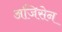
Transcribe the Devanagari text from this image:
अजिसेन